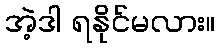
အဲ့ဒါ ရနိုင်မလား။